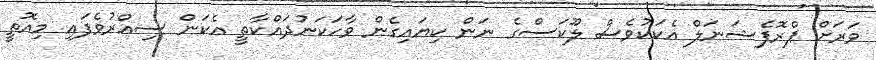
ވަރަށް ޕްރޮފެޝަނަލް އެކަކުވެސް ލޫކަސްގެ ނަން ކިޔައިގެން ވާހަކަނުދައްކާތީ އެކަން ސިއްރުވެފައި މިއޮތީ